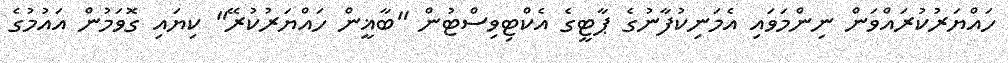
ހައްޔަރުކުރައްވަން ނިންމަވައި އެމަނިކުފާނުގެ ޕާޓީގެ އެކްޓިވިސްޓުން "ބާޣީން ހައްޔަރުކުރޭ" ކިޔައި ގޮވަމުން އައުމުގެ